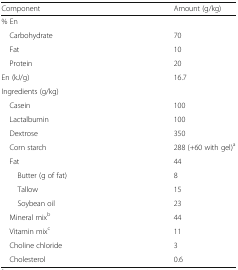
<table><thead><tr><td><b>Component</b></td><td><b>Amount (g/kg)</b></td></tr></thead><tbody><tr><td colspan="2">% En</td></tr><tr><td> Carbohydrate</td><td>70</td></tr><tr><td> Fat</td><td>10</td></tr><tr><td> Protein</td><td>20</td></tr><tr><td>En (kJ/g)</td><td>16.7</td></tr><tr><td colspan="2">Ingredients (g/kg)</td></tr><tr><td> Casein</td><td>100</td></tr><tr><td> Lactalbumin</td><td>100</td></tr><tr><td> Dextrose</td><td>350</td></tr><tr><td> Corn starch</td><td>288 (+60 with gel)<sup>a</sup></td></tr><tr><td> Fat</td><td>44</td></tr><tr><td>Butter (g of fat)</td><td>8</td></tr><tr><td>Tallow</td><td>15</td></tr><tr><td>Soybean oil</td><td>23</td></tr><tr><td> Mineral mix<sup>b</sup></td><td>44</td></tr><tr><td> Vitamin mix<sup>c</sup></td><td>11</td></tr><tr><td> Choline chloride</td><td>3</td></tr><tr><td> Cholesterol</td><td>0.6</td></tr></tbody></table>